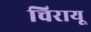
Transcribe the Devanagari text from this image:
चिरायू